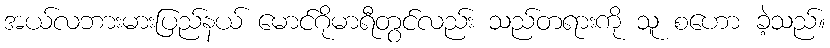
အယ်လဘားမားပြည်နယ် မောင်ဂိုမာရီတွင်လည်း သည်တရားကို သူ စဟော ခဲ့သည်။